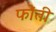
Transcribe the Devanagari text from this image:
फोंती